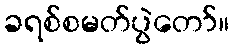
ခရစ်စမတ်ပွဲတော်။